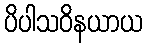
ပိပါသဝိနယာယ